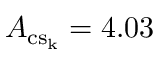
A _ { \mathrm { { c s _ { k } } } } = 4 . 0 3